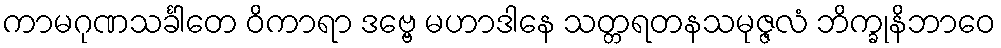
ကာမဂုဏသင်္ခါတေ ဝိကာရာ ဒဗ္ဗေ မဟာဒါနေ သတ္တရတနသမုဇ္ဇလံ ဘိက္ခုနိဘာဝေ